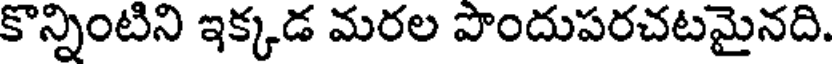
కొన్నింటిని ఇక్కడ మరల పొందుపరచటమైనది.